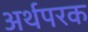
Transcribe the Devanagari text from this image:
अर्थपरक